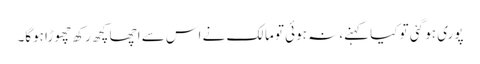
پوری ہو گئی تو کیا کہنے، نہ ہوئی تو مالک نے اس سے اچھا کچھ رکھ چھوڑا ہوگا۔